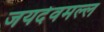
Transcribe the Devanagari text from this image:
जयदेवमल्ल